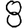
Digit: 8